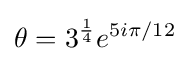
\theta =3^{\frac {1}{4}}e^{5i\pi /12}